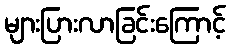
များပြားလာခြင်းကြောင့်